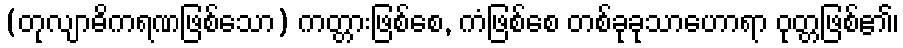
(တုလျာဓိကရဏဖြစ်သော) ကတ္တားဖြစ်စေ, ကံဖြစ်စေ တစ်ခုခုသာဟောရာ ဝုတ္တဖြစ်၏၊